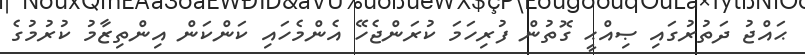
ޙައްޖު ދަތުރުގައި ޞިއްޙީ ގޮތުން ފުރިހަމަ ކުރަންޖެހޭ އެންމެހައި ކަންކަން އިންތިޒާމު ކުރުމުގެ